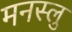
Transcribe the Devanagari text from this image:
मनस्लु